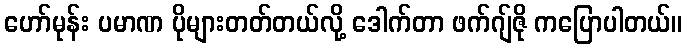
ဟော်မုန်း ပမာဏ ပိုများတတ်တယ်လို့ ဒေါက်တာ ဖက်ဂျ်ဇို ကပြောပါတယ်။